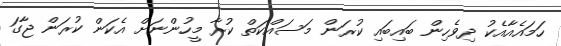
ހަމައެއާއެކު ދިވެހިން ބައިބައި ކުރަން މަސައްކަތް ކުރާ މީހުންނަށް އެކަން ކުރަން ޖާގަ